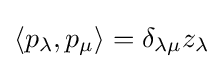
{\textstyle \langle p_{\lambda },p_{\mu }\rangle =\delta _{\lambda \mu }z_{\lambda }}